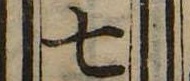
七